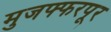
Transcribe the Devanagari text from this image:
मुजफ्फरपूर